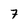
Character: 7